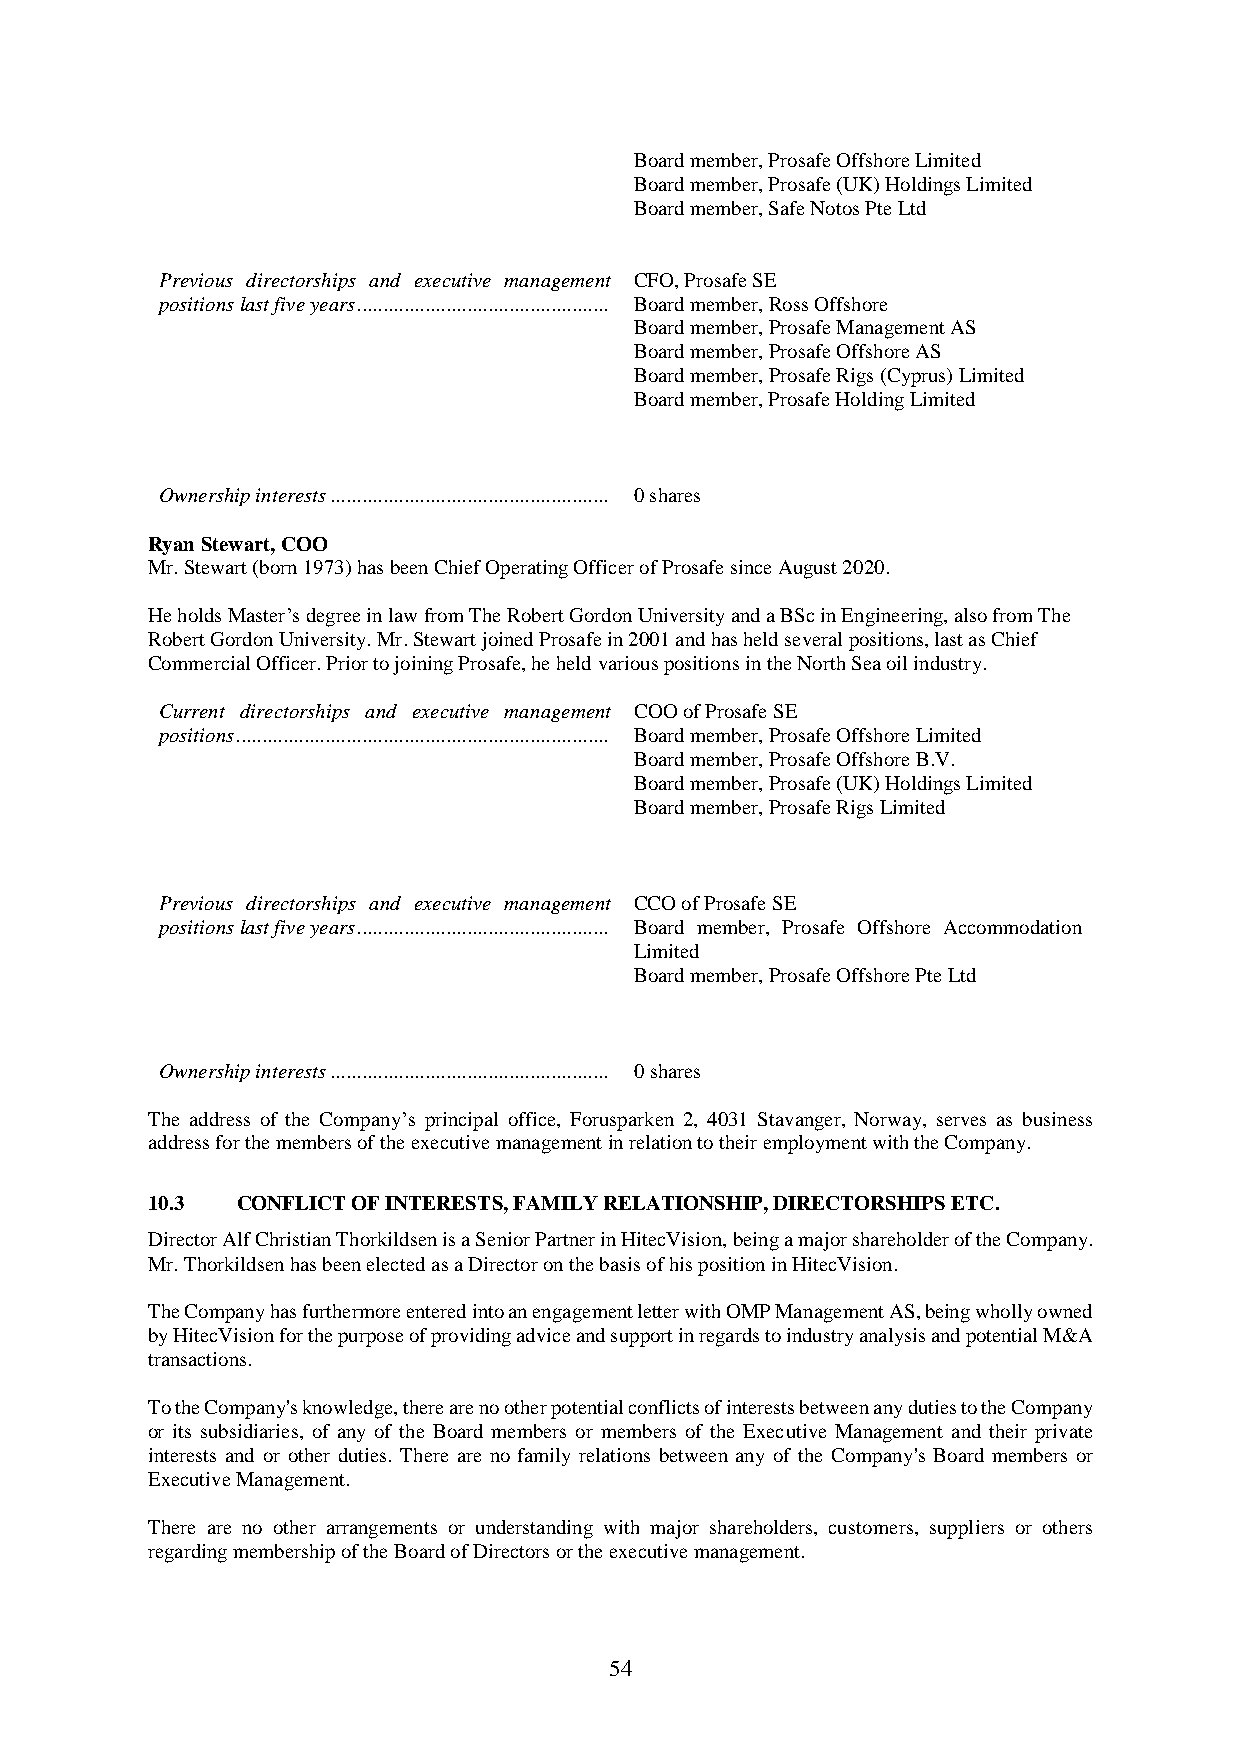
Board member, Prosafe Offshore Limited
 Board member, Prosafe (UK) Holdings Limited
 Board member, Safe Notos Pte Ltd
 Previous directorships and executive management CFO, Prosafe SE
 positions last five years ................................................ Board member, Ross Offshore
 Board member, Prosafe Management AS
 Board member, Prosafe Offshore AS
 Board member, Prosafe Rigs (Cyprus) Limited
 Board member, Prosafe Holding Limited
 Ownership interests ..................................................... 0 shares
 Ryan Stewart, COO
 Mr. Stewart (born 1973) has been Chief Operating Officer of Prosafe since August 2020.
 He holds Master’s degree in law from The Robert Gordon University and a BSc in Engineering, also from The
 Robert Gordon University. Mr. Stewart joined Prosafe in 2001 and has held several positions, last as Chief
 Commercial Officer. Prior to joining Prosafe, he held various positions in the North Sea oil industry.
 Current directorships and executive management COO of Prosafe SE
 positions ....................................................................... Board member, Prosafe Offshore Limited
 Board member, Prosafe Offshore B.V.
 Board member, Prosafe (UK) Holdings Limited
 Board member, Prosafe Rigs Limited
 Previous directorships and executive management CCO of Prosafe SE
 positions last five years ................................................ Board member, Prosafe Offshore Accommodation
 Limited
 Board member, Prosafe Offshore Pte Ltd
 Ownership interests ..................................................... 0 shares
 The address of the Company’s principal office, Forusparken 2, 4031 Stavanger, Norway, serves as business
 address for the members of the executive management in relation to their employment with the Company.
 10.3  CONFLICT OF INTERESTS, FAMILY RELATIONSHIP, DIRECTORSHIPS ETC.
 Director Alf Christian Thorkildsen is a Senior Partner in HitecVision, being a major shareholder of the Company.
 Mr. Thorkildsen has been elected as a Director on the basis of his position in HitecVision.
 The Company has furthermore entered into an engagement letter with OMP Management AS, being wholly owned
 by HitecVision for the purpose of providing advice and support in regards to industry analysis and potential M&A
 transactions.
 To the Company's knowledge, there are no other potential conflicts of interests between any duties to the Company
 or its subsidiaries, of any of the Board members or members of the Executive Management and their private
 interests and or other duties. There are no family relations between any of the Company's Board members or
 Executive Management.
 There are no other arrangements or understanding with major shareholders, customers, suppliers or others
 regarding membership of the Board of Directors or the executive management.
 54